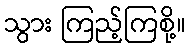
သွား ကြည့်ကြစို့။